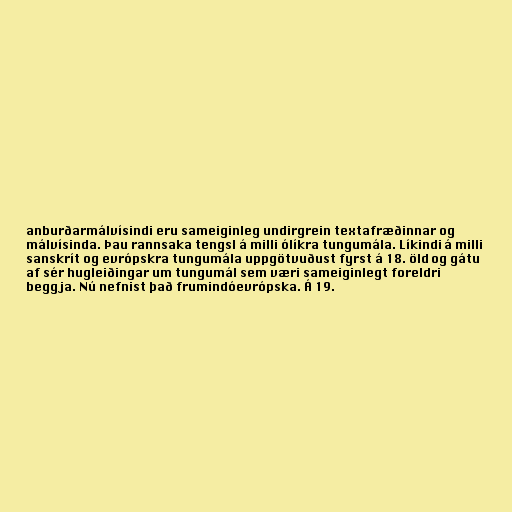
anburðarmálvísindi eru sameiginleg undirgrein textafræðinnar og
málvísinda. Þau rannsaka tengsl á milli ólíkra tungumála. Líkindi á milli
sanskrít og evrópskra tungumála uppgötvuðust fyrst á 18. öld og gátu
af sér hugleiðingar um tungumál sem væri sameiginlegt foreldri
beggja. Nú nefnist það frumindóevrópska. Á 19.